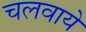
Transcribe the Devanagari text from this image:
चलवाये